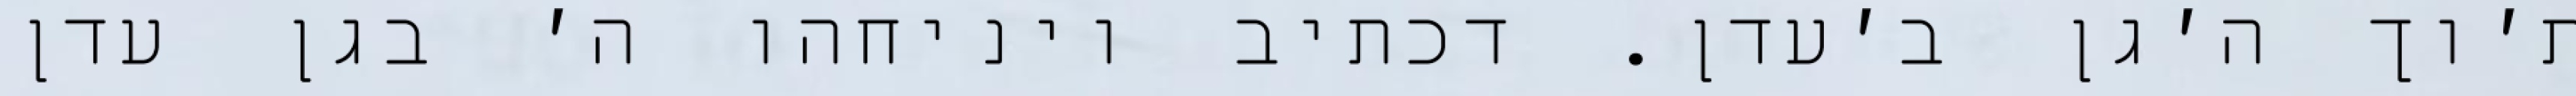
ת׳וך ה׳גן ב׳עדן. דכתיב ויניחהו ה׳ בגן עדן